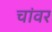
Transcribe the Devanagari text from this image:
चांवर